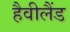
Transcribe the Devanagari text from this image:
हैवीलैंड